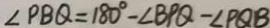
\angle P B Q = 1 8 0 ^ { \circ } - \angle B P Q - \angle P Q B